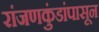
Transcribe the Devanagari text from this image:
रांजणकुंडांपासून